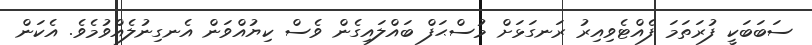
ސަބަބަކީ ފުރަތަމަ ފެއްޓެވިއިރު ރަނގަޅަށް މުސްޙަފް ބައްލައިގެން ވެސް ކިޔުއްވަން އެނގިނުލެއްވުމެވެ. އެކަން